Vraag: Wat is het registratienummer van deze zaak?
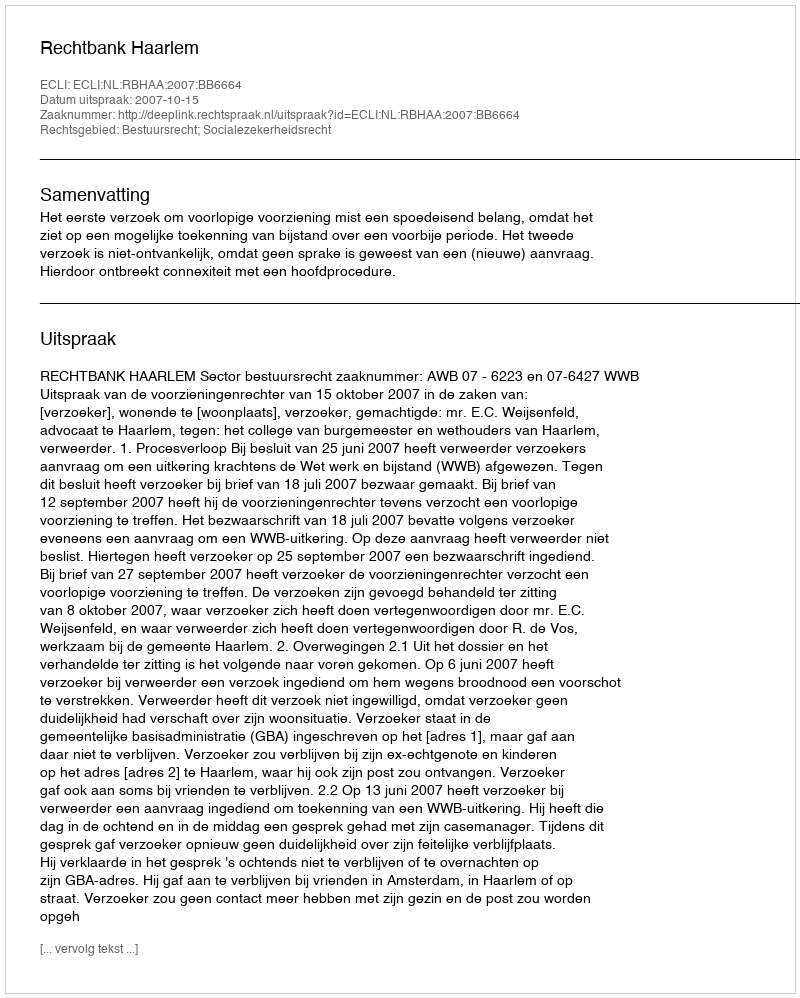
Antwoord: http://deeplink.rechtspraak.nl/uitspraak?id=ECLI:NL:RBHAA:2007:BB6664